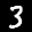
Label: 3